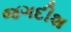
જગદીશ